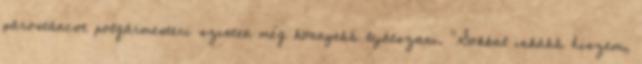
párostáncot polgármesteri szinten még könnyebb lejátszani. "Sokkal inkább hiszem,